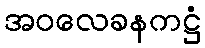
အဝလေခနကဋ္ဌံ